Scottish Leaving Certificate Examination, 1958
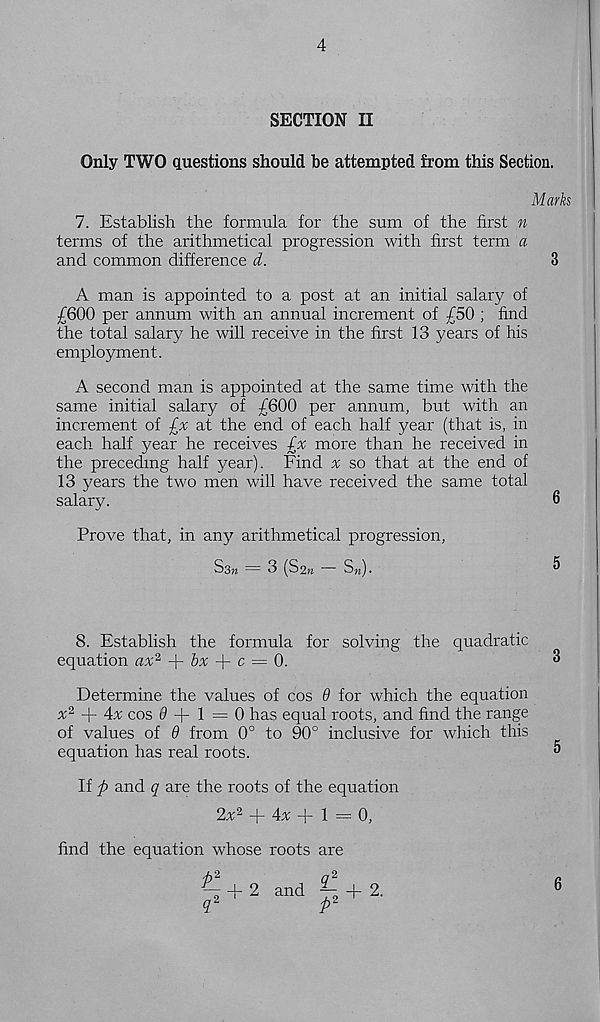
4
SECTION II
Only TWO questions should be attempted from this Section.
Marks
7. Establish the formula for the sum of the first n
terms of the arithmetical progression with first term a
and common difference d.
3
A man is appointed to a post at an initial salary of
£600 per annum with an annual increment of £50 ; find
the total salary he will receive in the first 13 years of his
employment.
A second man is appointed at the same time with the
same initial salary of £600 per annum, but with an
increment of -£x at the end of each half year (that is, in
each half year he receives £x more than he received in
the preceding half year). Find % so that at the end of
13 years the two men will have received the same total
salary.
6
Prove that, in any arithmetical progression,
Ssm = 3 (S2» — S„).
5
8. Establish the formula for solving the quadratic
equation av' 2 + 6% + c = 0.
Determine the values of cos 9 for which the equation
% 2 + 4x cos 0 + 1 = 0 has equal roots, and find the range
of values of 9 from 0° to 90° inclusive for which this
equation has real roots.
If p and q are the roots of the equation
2;+ + 4* + 1 = 0,
find the equation whose roots are
h 2
q 2
^ + 2 and yu + 2.
q 2
p 2
6